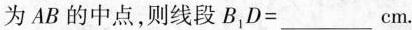
为AB的中点，则线段$$B_{1}D=___cm$$。